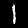
Digit: 1